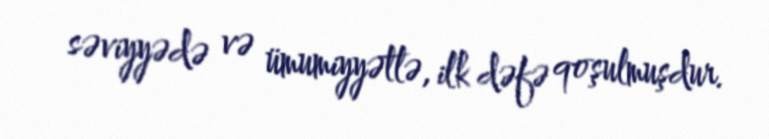
səviyyədə və ümumiyyətlə, ilk dəfə qoşulmuşdur.